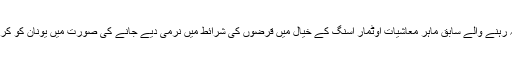
یورپی مرکزی بینک سے وابستہ رہنے والے سابق ماہر معاشیات اوٹمار اسنگ کے خیال میں قرضوں کی شرائط میں نرمی دیے جانے کی صورت میں یونان کو کرنسی یونین سے نکل جانا چاہیے۔